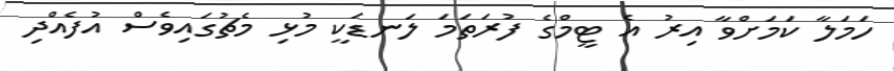
ހަމަލާ ކަމަށްވާ އިރު އެ ޓީމްގެ ފުރަތަމަ ލަނޑަކީ މުޅި މެޗުގައިވެސް އުފެއްދި